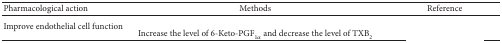
<table><thead><tr><td><b>Pharmacological action</b></td><td><b>Methods</b></td><td><b>Reference</b></td></tr></thead><tbody><tr><td rowspan="2">Improve endothelial cell function</td><td>[EMPTY_CELL]</td><td>[EMPTY_CELL]</td></tr><tr><td>Increase the level of 6-Keto-PGF<sub>1<i>α</i></sub> and decrease the level of TXB<sub>2</sub></td><td>[EMPTY_CELL]</td></tr></tbody></table>